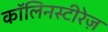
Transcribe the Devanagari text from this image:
कॉलिनस्टीरेज़